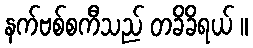
နက်ဗစ်စကီသည် တခိခိရယ် ။